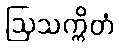
ဩသက္ကိတံ